Insane asylums in Bengal annual reports 1867-1875 - 1867-1875
Year: 1867
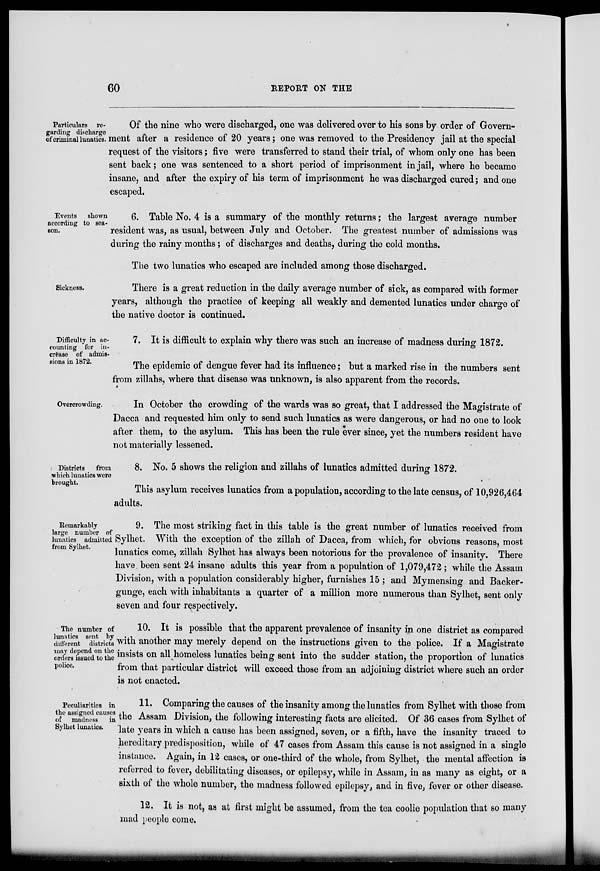
60
REPORT ON THE
Particulars re¬
garding discharge
of criminal lunatics.
Of the nine who were discharged, one was delivered over to his sons by order of Govern-
ment after a residence of 20 years; one was removed to the Presidency jail at the special
request of the visitors; five were transferred to stand their trial, of whom only one has been
sent back; one was sentenced to a short period of imprisonment in jail, where he became
insane, and after the expiry of his term of imprisonment he was discharged cured; and one
escaped.
Events
shown
according to sea¬
son.
6. Table No. 4 is a summary of the monthly returns; the largest average number
resident was, as usual, between July and October. The greatest number of admissions was
during the rainy months; of discharges and deaths, during the cold months.
The two lunatics who escaped are included among those discharged.
Sickness.
There is a great reduction in the daily average number of sick, as compared with former
years, although the practice of keeping all weakly and demented lunatics under charge of
the native doctor is continued.
Difficulty in ac¬
counting for in-
crease of admis¬
sions in 1872.
7. It is difficult to explain why there was such an increase of madness during 1872.
The epidemic of dengue fever had its influence; but a marked rise in the numbers sent
from zillahs, where that disease was unknown, is also apparent from the records.
Overcrowding.
In October the crowding of the wards was so great, that I addressed the Magistrate of
Dacca and requested him only to send such lunatics as were dangerous, or had no one to look
after them, to the asylum. This has been the rule ever since, yet the numbers resident have
not materially lessened.
Districts
from
which lunatics were
brought.
8. No. 5 shows the religion and zillahs of lunatics admitted during 1872.
This asylum receives lunatics from a population, according to the late census, of 10,926,464
adults.
Remarkably
large number of
lunatics admitted
from Sylhet.
9. The most striking fact in this table is the great number of lunatics received from
Sylhet. With the exception of the zillah of Dacca, from which, for obvious reasons, most
lunatics come, zillah Sylhet has always been notorious for the prevalence of insanity. There
have been sent 24 insane adults this year from a population of 1,079,472; while the Assam
Division, with a population considerably higher, furnishes 15 ; and Mymensing and Backer-
gunge, each with inhabitants a quarter of a million more numerous than Sylhet, sent only
seven and four respectively.
The number of
lunatics sent by
different districts
may depend on the
orders issued to the
police.
10. It is possible that the apparent prevalence of insanity in one district as compared
with another may merely depend on the instructions given to the police. If a Magistrate
insists on all homeless lunatics being sent into the sudder station, the proportion of lunatics
from that particular district will exceed those from an adjoining district where such an order
is not enacted.
Peculiarities in
the assigned causes
of madness
in
Sylhet lunatics.
11. Comparing the causes of the insanity among the lunatics from Sylhet with those from
the Assam Division, the following interesting facts are elicited. Of 36 cases from Sylhet of
late years in which a cause has been assigned, seven, or a fifth, have the insanity traced to
hereditary predisposition, while of 47 cases from Assam this cause is not assigned in a single
instance. Again, in 12 cases, or one-third of the whole, from Sylhet, the mental affection is
referred to fever, debilitating diseases, or epilepsy, while in Assam, in as many as eight, or a
sixth of the whole number, the madness followed epilepsy, and in five, fever or other disease.
12. It is not, as at first might be assumed, from the tea coolie population that so many
mad people come.